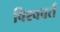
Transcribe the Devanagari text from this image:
विश्ववर्त